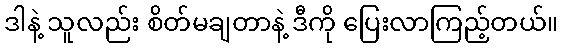
ဒါနဲ့ သူလည်း စိတ်မချတာနဲ့ ဒီကို ပြေးလာကြည့်တယ်။